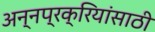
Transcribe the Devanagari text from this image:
अन्नप्रक्रियांसाठी